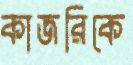
কাজরিকে